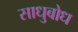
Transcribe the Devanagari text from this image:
साधुबोध